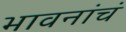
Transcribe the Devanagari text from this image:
भावनांचं